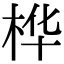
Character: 桦